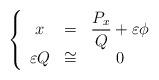
LaTeX: \begin{align*}\left\{ \begin{array}{ccc}x & = & \dfrac{P_{x}}{Q}+\varepsilon \phi \\ \varepsilon Q & \cong & 0\end{array}\right. \end{align*}